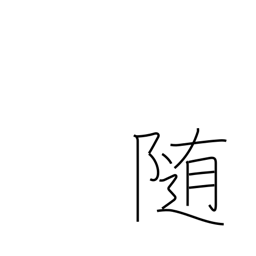
Meaning: submit to